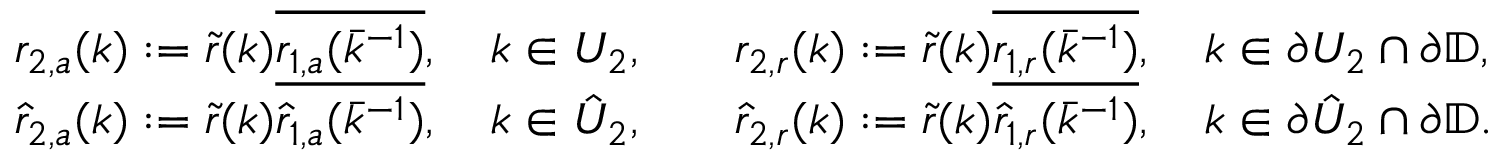
\begin{array} { r l r l } & { r _ { 2 , a } ( k ) : = \tilde { r } ( k ) \overline { { r _ { 1 , a } ( \bar { k } ^ { - 1 } ) } } , \quad k \in U _ { 2 } , } & & { r _ { 2 , r } ( k ) : = \tilde { r } ( k ) \overline { { r _ { 1 , r } ( \bar { k } ^ { - 1 } ) } } , \quad k \in \partial U _ { 2 } \cap \partial { \mathbb D } , } \\ & { \hat { r } _ { 2 , a } ( k ) : = \tilde { r } ( k ) \overline { { \hat { r } _ { 1 , a } ( \bar { k } ^ { - 1 } ) } } , \quad k \in \hat { U } _ { 2 } , } & & { \hat { r } _ { 2 , r } ( k ) : = \tilde { r } ( k ) \overline { { \hat { r } _ { 1 , r } ( \bar { k } ^ { - 1 } ) } } , \quad k \in \partial \hat { U } _ { 2 } \cap \partial { \mathbb D } . } \end{array}